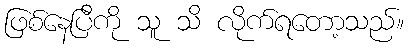
ဖြစ်နေပြီကို သူ သိ လိုက်ရတော့သည်။